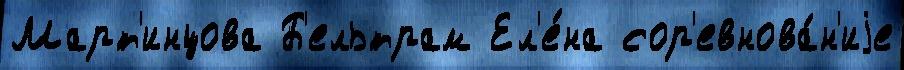
Март'инцова Б'ельтрам Ел'е́на сор'евнова́н'иjе